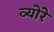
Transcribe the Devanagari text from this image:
व्योरे